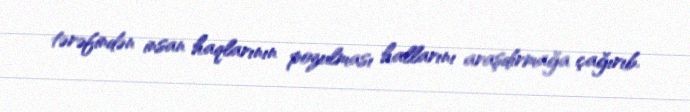
tərəfindən insan haqlarının pozulması hallarını araşdırmağa çağırıb.